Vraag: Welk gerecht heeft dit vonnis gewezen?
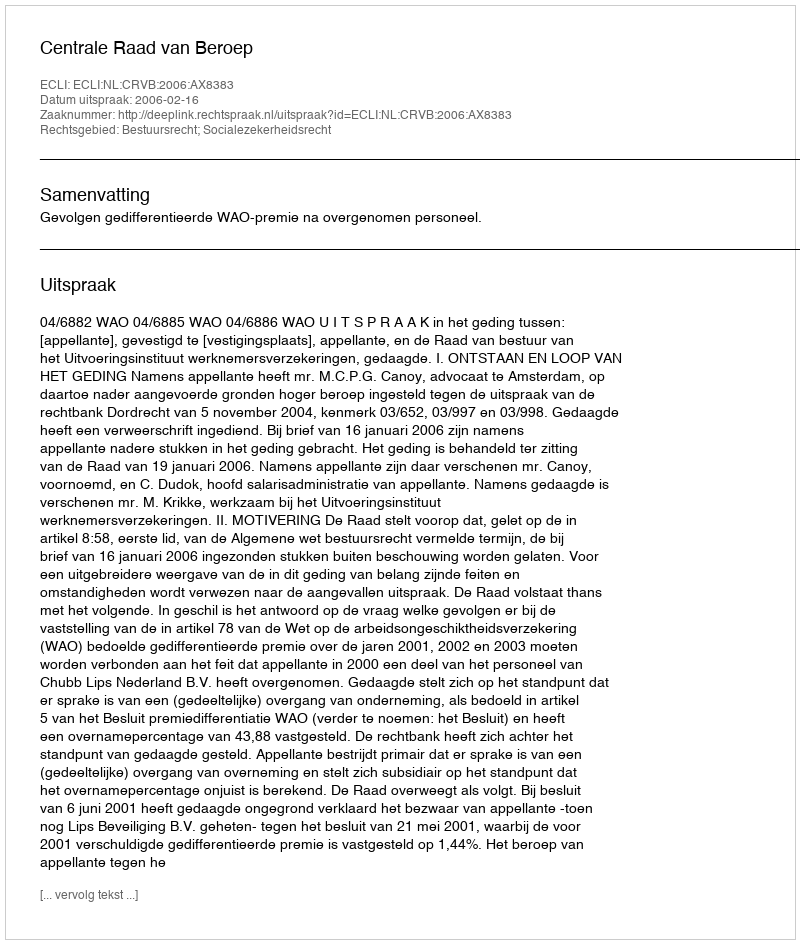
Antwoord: Centrale Raad van Beroep